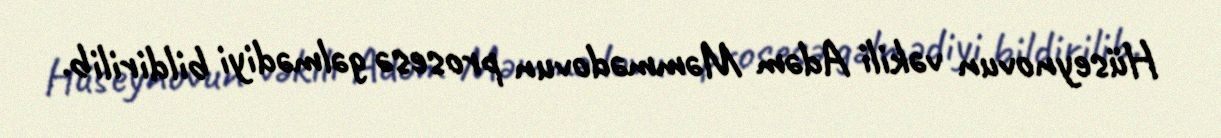
Hüseynovun vəkili Adəm Məmmədovun prosesə gəlmədiyi bildirilib.